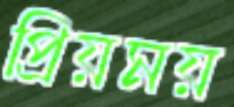
প্রিয়ময়